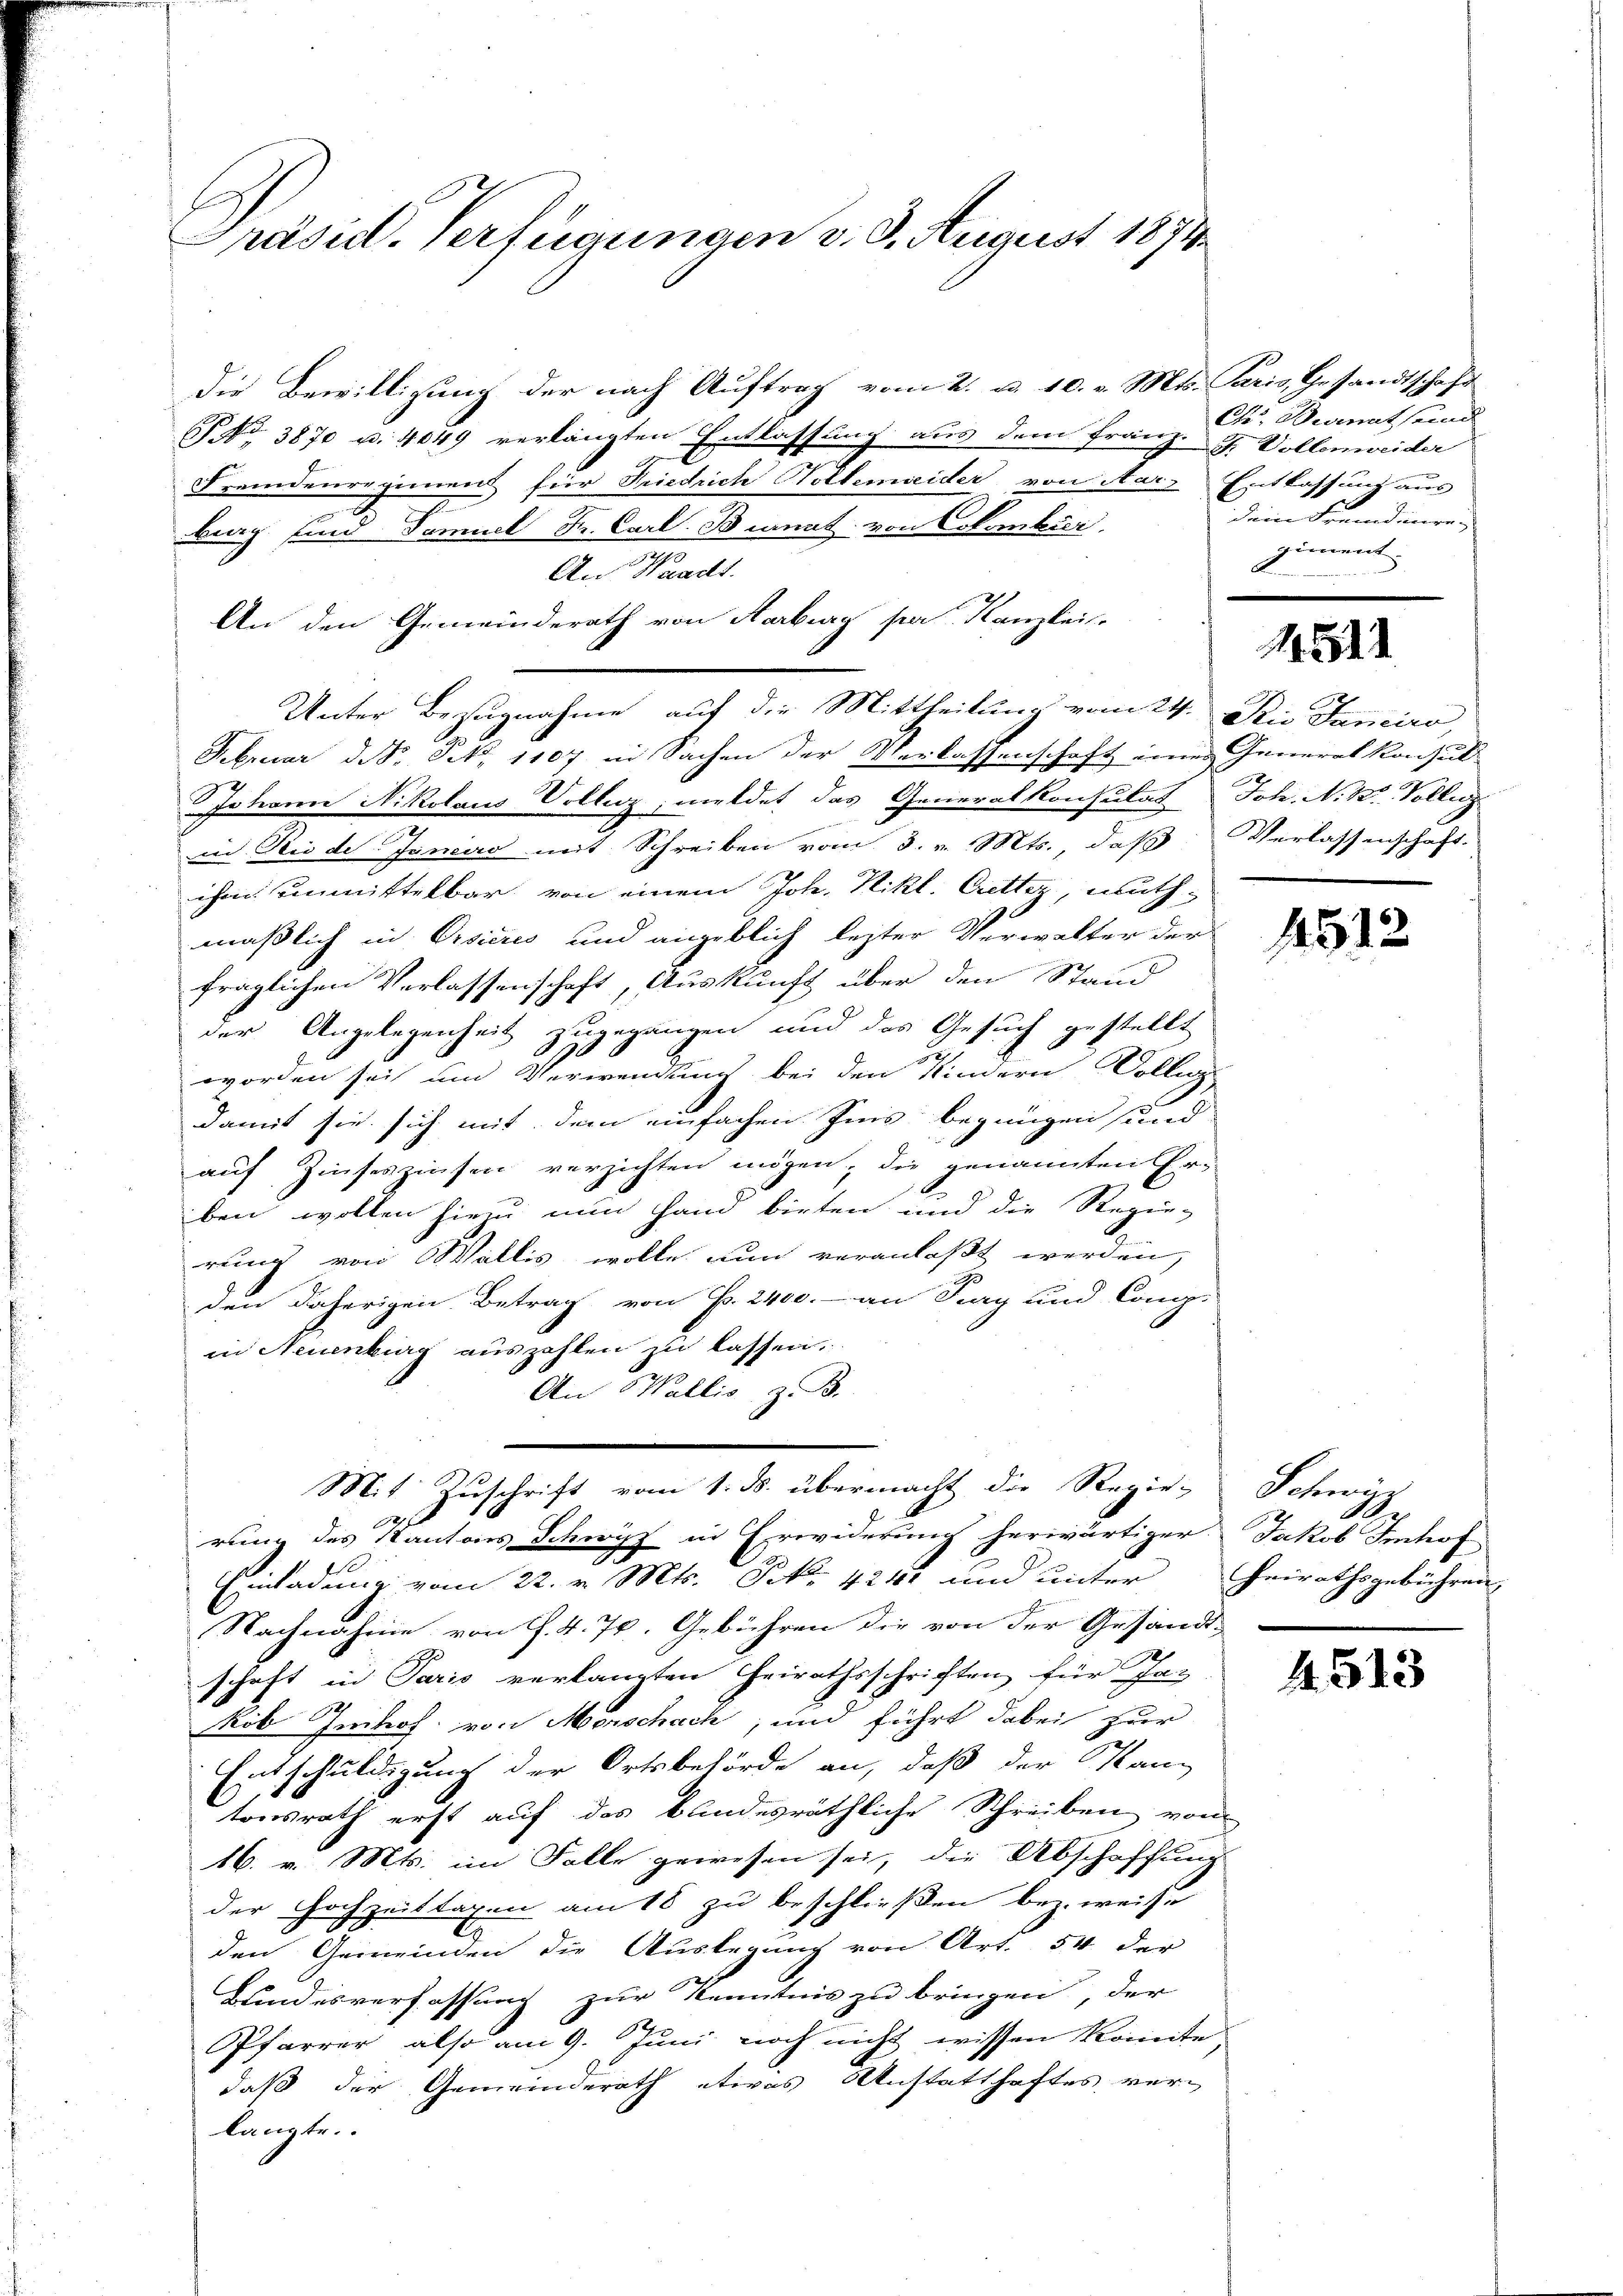
Präsid. Verfügungen v. 9. August 1874

Die Bewilligung der nach Auftrag vom 2. a. 10. v. Mts. Paris Gesandtschaft
 3870 u. 4049 verlängten Entlassung aus dem Franz-J. Vollenweider
Fremdenregiment für Friedrich Holtemreider von Harz Entlassung aus
.
brag und Famuel Fr. Carl. Branat von Colombur
An Waadt.
An den Gemeinderath von Aarburg pa. Kanzlei
Februar d. S. Nr. 1107 in Sachen der Verlassenschaft einer Generalkonsul
Johann Nikolaus Volleg, meldet das Generalkonsulat Joh. N. K. Volleg
in die de Janciro mit Schreiben vom 3. v. Mts., daß Verlassenschaft
ihm unmittelbar von einem Joh. Nikl. Cetter, muthmaßlich in Visieres und angeblich lezter Verwalter der
fraglichen Verlassenschaft, Auskunft über den Stand
der Angelegenheit zugegangen und das Gesuch gestellt
worden sei um Verwendung bei den Kindern Colleg
damit sie sich mit dem einfachen Zins begnügen und
auf Zinseszinsen verzichten mögen; die genannten Er-
ben wollen hiezu nun Hand bieten und die Regie-
rung von Wallis wolle nun veranlaßt werden,
s
den daherigen Betrag von P. 2400.- an Sury und Congi
in Neuenburg auszahlen zu lassen.
An Wallis, z. B.
Mit Zŭschrift vom 1. ds. übermacht die Regie-Schwyz
2f
rung des Kantons Schwyz in Erwiderung herwärtiger Jakob Imhof
Einladung vom 22. v. Mts. Frk. 421 und unter
Nachnahme von J. 4. 70. Gebühren die von der Gesandt-
1
schaft in Paris verlangten Heirathsschriften für gan
kob Inihof von Morschach, und führt dabei zur
Entschuldigung der Ortsbehörde an, daß der Kantonsrath erst auf das bundesräthliche Schreiben, von
16. v. Mts. im Falle gewesen sei, die Abschaffung
der Hochzeittagen am 18 zu beschließen bez. weise
I
den Gemeinden die Auslegung von Art. 54 der
Bundesverfassung zur Kenntnis zu bringen, der
Pfarrer also am 9. Juni noch nicht wissen konnte
daß der Gemeinderath etwas Anstatthaftes verlangte.

Unter Bezugnahme auf die Mittheilung vom 24. Die Fanciro,

Ch. Begnat send
deine Fremdenre
giment.
A

4511

1512

Heirathsgebühren,

4. 513